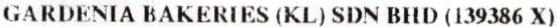
GARDENIA BAKERIES (KL) SDN BHD (139386 X)